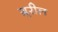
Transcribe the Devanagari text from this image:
ग्र्ररील